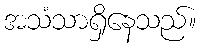
အသံသာရှိနေသည်။